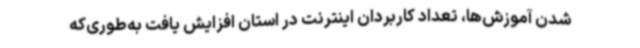
شدن آموزش‌ها، تعداد کاربردان اینترنت در استان افزایش یافت به‌طوری‌که